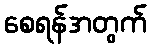
စေရန်အတွက်